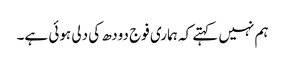
ہم نہیں کہتے کہ ہماری فوج دودھ کی دلی ہوئی ہے۔